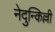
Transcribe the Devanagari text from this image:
नेदुन्किल्ली